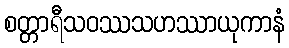
စတ္တာရီသဝဿသဟဿာယုကာနံ